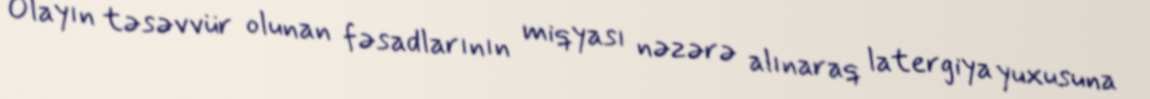
Olayın təsəvvür olunan fəsadlarının miqyası nəzərə alınaraq latergiya yuxusuna